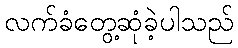
လက်ခံတွေ့ဆုံခဲ့ပါသည်